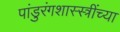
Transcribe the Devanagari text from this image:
पांडुरंगशास्स्त्रींच्या